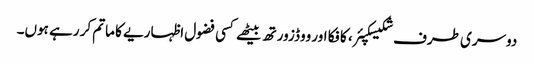
دوسری طرف شکیسکپئر، کافکا اور ووڈزورتھ بیٹھے کسی فضول اظہاریے کا ماتم کر رہے ہوں۔